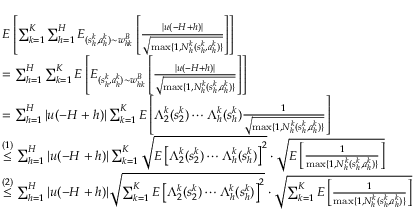
\begin{array} { r l } & { E \left[ \sum _ { k = 1 } ^ { K } \sum _ { h = 1 } ^ { H } E _ { ( s _ { h } ^ { k } , a _ { h } ^ { k } ) \sim w _ { h k } ^ { B } } \left[ \frac { \vert u ( - H + h ) \vert } { \sqrt { \operatorname* { m a x } \{ 1 , N _ { h } ^ { k } ( s _ { h } ^ { k } , a _ { h } ^ { k } ) \} } } \right] \right] } \\ & { = \sum _ { h = 1 } ^ { H } \sum _ { k = 1 } ^ { K } E \left[ E _ { ( s _ { h } ^ { k } , a _ { h } ^ { k } ) \sim w _ { h k } ^ { B } } \left[ \frac { \vert u ( - H + h ) \vert } { \sqrt { \operatorname* { m a x } \{ 1 , N _ { h } ^ { k } ( s _ { h } ^ { k } , a _ { h } ^ { k } ) \} } } \right] \right] } \\ & { = \sum _ { h = 1 } ^ { H } \vert u ( - H + h ) \vert \sum _ { k = 1 } ^ { K } E \left[ \Lambda _ { 2 } ^ { k } ( s _ { 2 } ^ { k } ) \cdots \Lambda _ { h } ^ { k } ( s _ { h } ^ { k } ) \frac { 1 } { \sqrt { \operatorname* { m a x } \{ 1 , N _ { h } ^ { k } ( s _ { h } ^ { k } , a _ { h } ^ { k } ) \} } } \right] } \\ & { \overset { ( 1 ) } { \leq } \sum _ { h = 1 } ^ { H } \vert u ( - H + h ) \vert \sum _ { k = 1 } ^ { K } \sqrt { E \left[ \Lambda _ { 2 } ^ { k } ( s _ { 2 } ^ { k } ) \cdots \Lambda _ { h } ^ { k } ( s _ { h } ^ { k } ) \right] ^ { 2 } } \cdot \sqrt { E \left[ \frac { 1 } { \operatorname* { m a x } \{ 1 , N _ { h } ^ { k } ( s _ { h } ^ { k } , a _ { h } ^ { k } ) \} } \right] } } \\ & { \overset { ( 2 ) } { \leq } \sum _ { h = 1 } ^ { H } \vert u ( - H + h ) \vert \sqrt { \sum _ { k = 1 } ^ { K } E \left[ \Lambda _ { 2 } ^ { k } ( s _ { 2 } ^ { k } ) \cdots \Lambda _ { h } ^ { k } ( s _ { h } ^ { k } ) \right] ^ { 2 } } \cdot \sqrt { \sum _ { k = 1 } ^ { K } E \left[ \frac { 1 } { \operatorname* { m a x } \{ 1 , N _ { h } ^ { k } ( s _ { h } ^ { k } , a _ { h } ^ { k } ) \} } \right] } } \end{array}